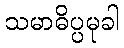
သမာဓိပ္ပမုခါ